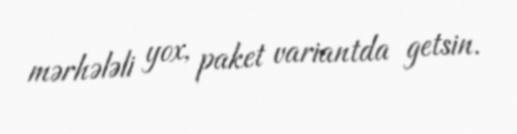
mərhələli yox, paket variantda getsin.